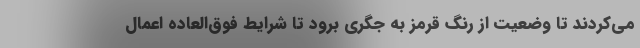
می‌کردند تا وضعیت از رنگ قرمز به جگری برود تا شرایط فوق‌العاده اعمال